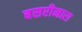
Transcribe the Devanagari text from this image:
बसरीमारा